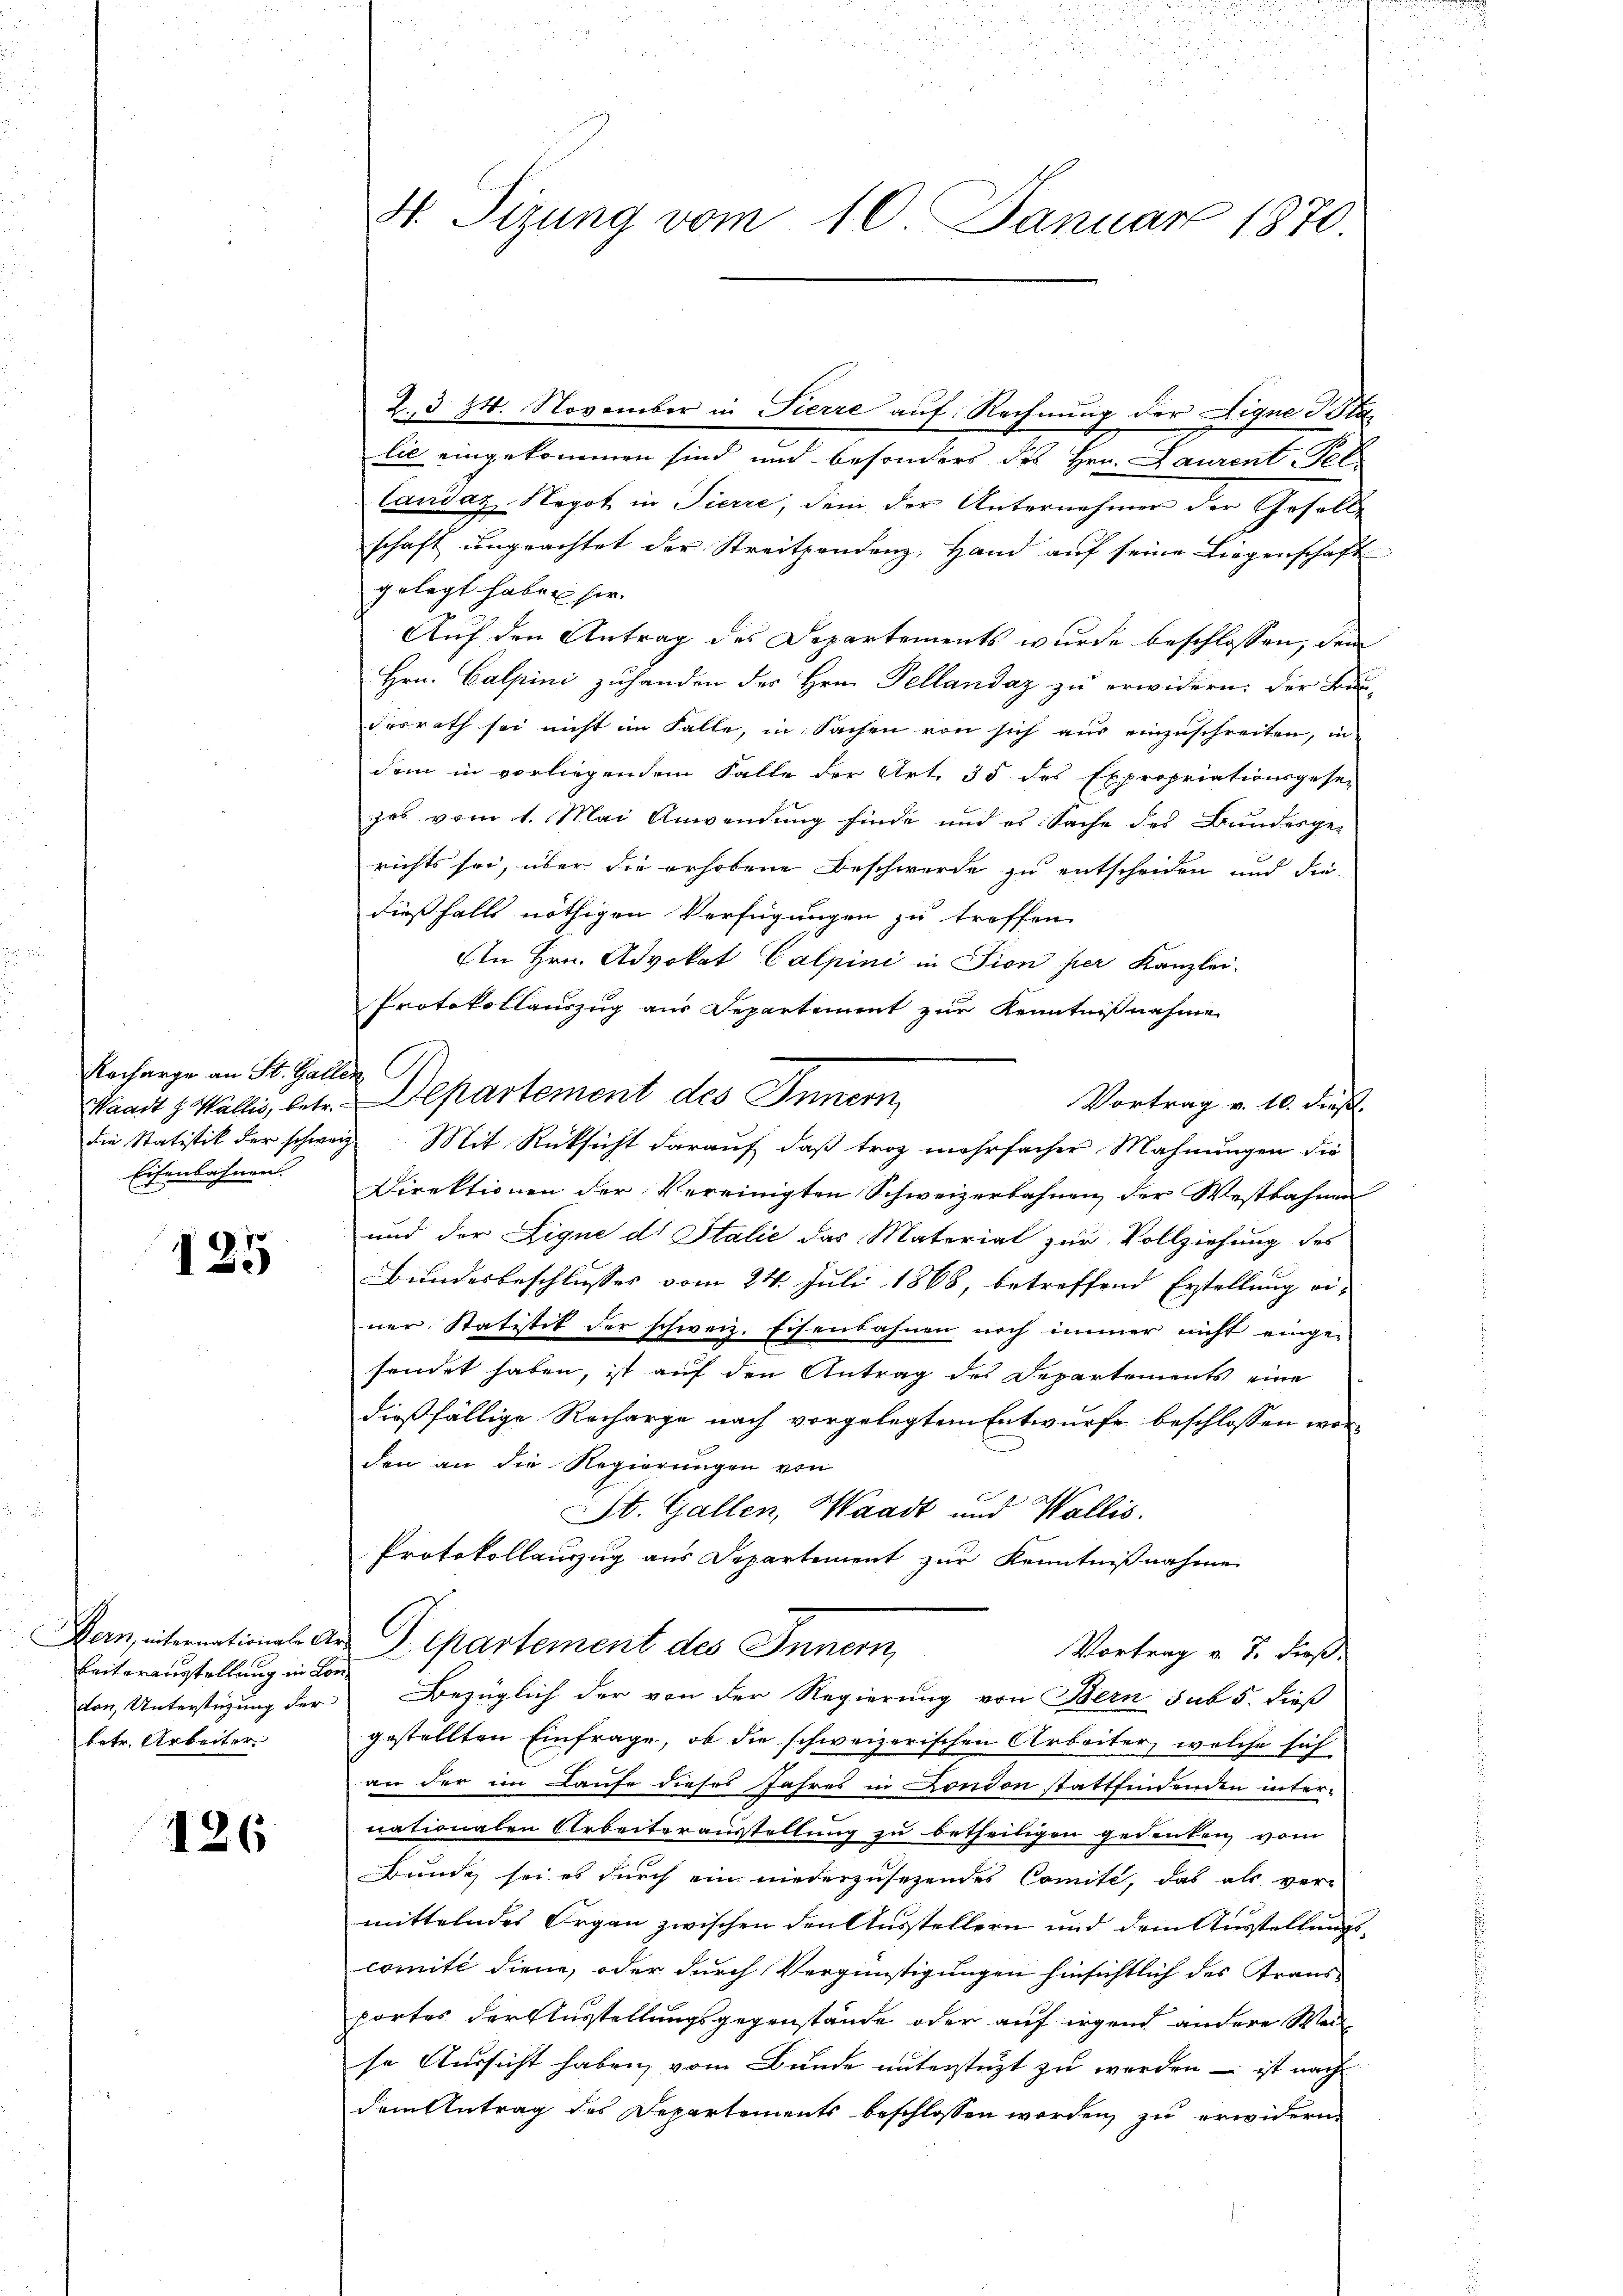
Recharge an St. Gallen
Eisenbahnens

125

beiterausstellung in Lo
kan, Unterstüzung der
betr. Arbeiter

126

4 Tizung vom 10. Januar 1870.

lie eingekommen sind und besonders des Hrn. Laurent Pel
Caudaz Negot in Tierre, dem der Unternehmer der Geselle
schaft ungeachtet der Streitzendenz, Hand aŭf seine Liegenschaft
gelegt haben sie.
Auf den Antrag des Departements wurde beschlossen, dem
Hrn. Calpini zuhanden des Hrn. Pellandaz zu erwidern: der Bun-
derrath sei nicht im Falle, in Sachen von sich aus einzuschreiten, in
dem in vorliegendem Falle der Art. 35 des Expropriationsgese-
jos vom 1. Mai Anwendung finde und es Sache des Bundesge-
richts sei, über die erhobene Beschwerde zu entscheiden und die
dießfalls nöthigen Verfügungen zu treffen.
An Hrn. Advokat Calpini in Fion per Kanzlei-
Protokollauszug aus Departement zur Kenntnißnahme
Vortrag v. 10. dieß.
die Statistik der schweiz. Mit Rücksicht darauf, daß trag mehrfacher Mahnungen die
Direktionen der Vereinigten Schweizerbahnen der Westbahnen
und der Eigne ds Italić das Material zur Vollziehung des
Bundesbeschlusses vom 24. Juli 1868, betreffend Erstellung einer Statistik der schweiz. Eisenbahnen noch immer nicht einge-
sendet haben, ist auf den Antrag des Departements eine
dießfällige Recharge nach vorgelegtem Entwurfe beschlossen worden an die Regierungen von
St. Gallen, Waadt und Wallis.
Protokollauszug aus Departement zur Kenntnißnahme
Man, international. An Departement des Innern,
Vortrag v. 7. dieß.
nd
Bezüglich der von der Regierung von Bern sub 5. dieß
gestellten Einfrage, ob die schweizerischen Arbeiter, welche sich
an der im Laufe dieses Jahres in London stattfindenden inter-
nationalen Arbeiterausstellung zu betheiligen gedenken, vom
Bunde sei es durch ein niederzusehendes Comité, das als ver-
mittelndes Organ zwischen den Ausstellern und dem Ausstellungscomité diene, oder durch Vergünstigungen hinsichtlich des Strans-
portes der Ausstellungsgegenstände oder auf irgend andere Weise Aussicht haben, vom Bunde unterstüzt zu werden – ist nach
dem Antrag des Departements beschlossen werden, zu erwidern.

Waadt z. Wallis, betr. Departement des Innern,

2.3 24. November in Pierre auf Rechnung der Figne Pila